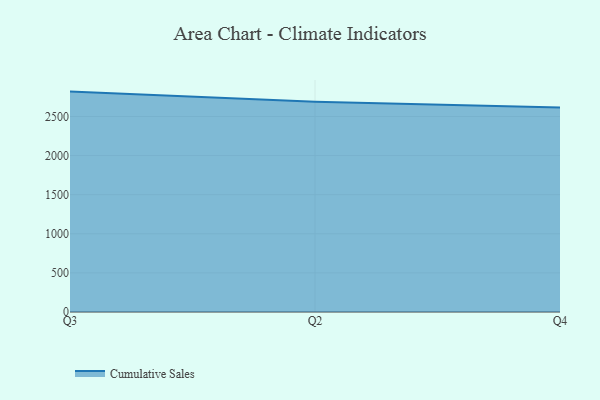
{"axis": {"x": "Quarter", "y": "Temperature (°C)"}, "legend": ["Cumulative Sales"], "data": [{"x": "Q3", "y": 2818.0, "type": "Cumulative Sales"}, {"x": "Q2", "y": 2689.3, "type": "Cumulative Sales"}, {"x": "Q4", "y": 2613.3, "type": "Cumulative Sales"}]}